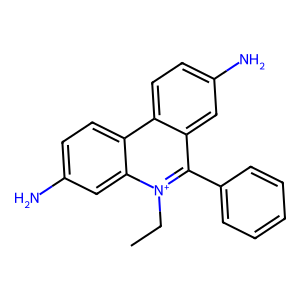
SMILES: CC[n+]1c(-c2ccccc2)c2cc(N)ccc2c2ccc(N)cc21
Inhibits HIV replication: No